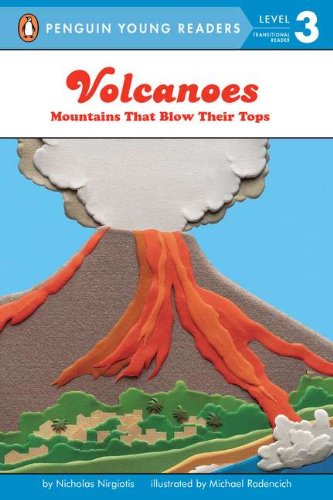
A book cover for Volcanoes: Mountains That Blow Their Tops (Penguin Young Readers, Level 3); Nicholas Nirgiotis; Science & Math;